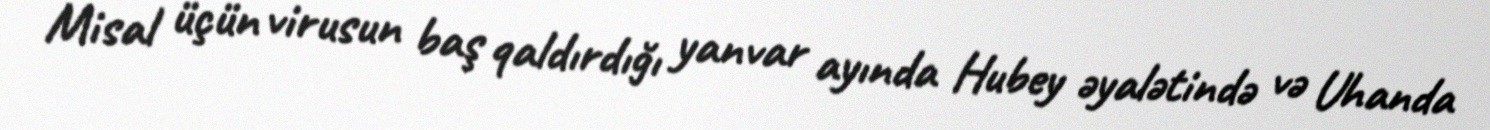
Misal üçün virusun baş qaldırdığı yanvar ayında Hubey əyalətində və Uhanda